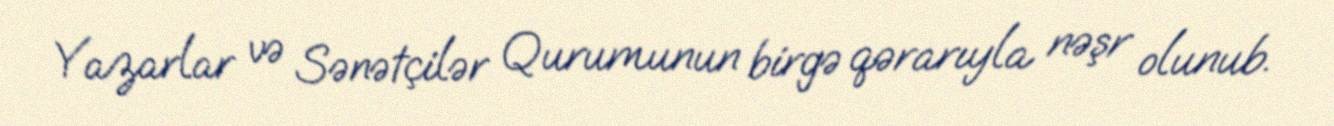
Yazarlar və Sənətçilər Qurumunun birgə qərarıyla nəşr olunub.